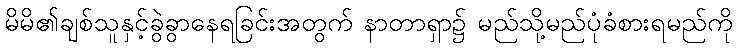
မိမိ၏ချစ်သူနှင့်ခွဲခွာနေရခြင်းအတွက် နာတာရှာ၌ မည်သို့မည်ပုံခံစားရမည်ကို